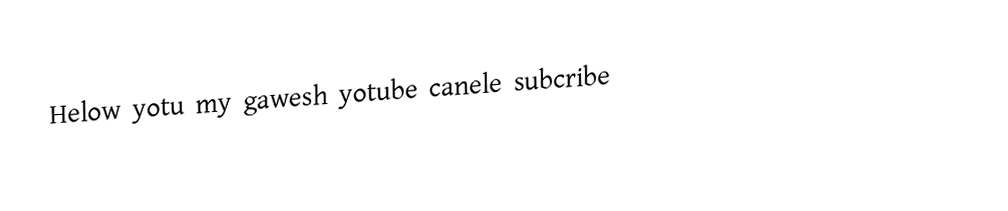
Helow yotu my gawesh yotube canele subcribe